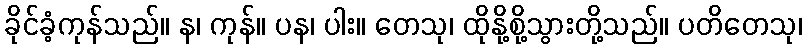
ခိုင်ခံ့ကုန်သည်။ န၊ ကုန်။ ပန၊ ပါး။ တေသု၊ ထိုနို့စို့သွားတို့သည်။ ပတိတေသု၊